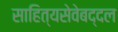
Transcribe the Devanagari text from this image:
साहित्यसेवेबद्दल